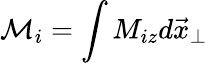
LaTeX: {\cal M}_{i}=\int M_{iz}d\vec{x}_{\perp}